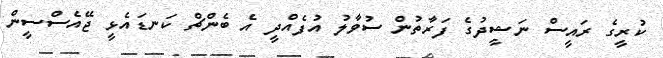
ކުރީގެ ރައީސް ނަޝީދުގެ ފަރާތުން ސުވާލު އުފެއްދީ އެ ބެންޗް ކަނޑައެޅީ ޖޭއެސްސީން